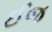
ઈજ